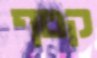
קטף